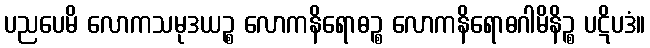
ပညပေမိ လောကသမုဒယဉ္စ လောကနိရောဓဉ္စ လောကနိရောဓဂါမိနိဉ္စ ပဋိပဒံ။